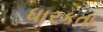
ધારકતા